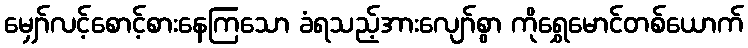
မျှော်လင့်စောင့်စားနေကြသော ခံရသည့်အားလျော်စွာ ကိုရွှေမောင်တစ်ယောက်